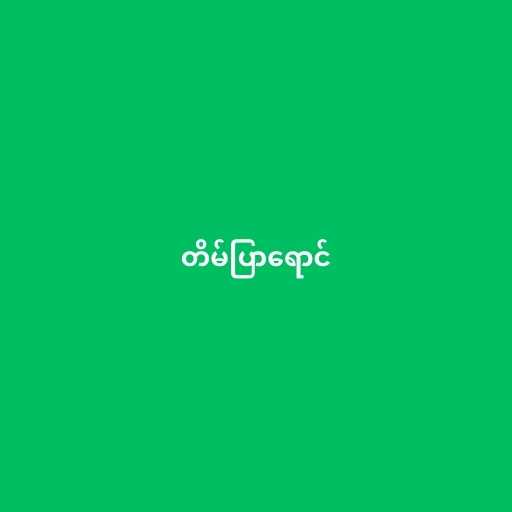
တိမ်ပြာရောင်